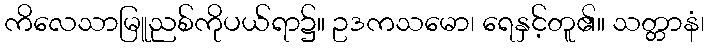
ကိလေသာမြူညစ်ကိုပယ်ရာ၌။ ဥဒကသမော၊ ရေနှင့်တူ၏။ သတ္တာနံ၊